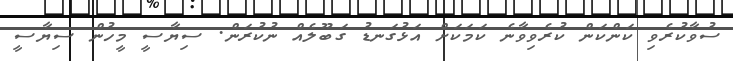
ސުވާކުރެވި ކަންކަން ކުރެވިވާނެ ކަމަކަށް އަޅުގަނޑު ގަބޫލެއް ނުކުރަން. ސިޔާސީ މީހުން ސިޔާސީ